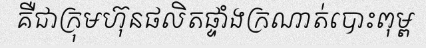
គឺជាក្រុមហ៊ុនផលិតផ្ទាំងក្រណាត់បោះពុម្ព